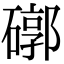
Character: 𥕖